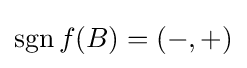
\operatorname {sgn} f(B)=(-,+)